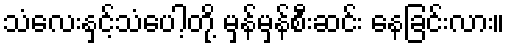
သံလေးနှင့်သံပေါ့တို့ မှန်မှန်စီးဆင်း နေခြင်းလား။